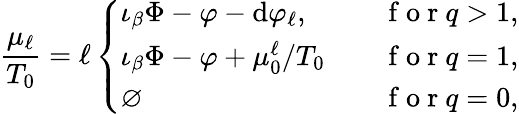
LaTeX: \frac{\mu_{\ell}}{T_{0}}=\ell\left\{ \begin{array}{ll}{\iota_{\beta}\Phi-\varphi-\mathrm{d}\varphi_{\ell},}&{\quad\mathrm{~f~o~r~}q>1,}\\ {\iota_{\beta}\Phi-\varphi+\mu_{0}^{\ell}/T_{0}}&{\quad\mathrm{~f~o~r~}q=1,}\\ {\varnothing}&{\quad\mathrm{~f~o~r~}q=0,}\end{array}\right.